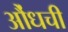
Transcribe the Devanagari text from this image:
औंधची